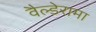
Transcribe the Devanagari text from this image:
वैल्डेरामा